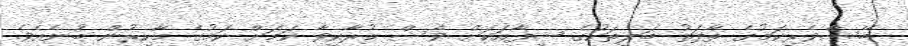
ބޭސްވެރިކަމުގެ ތާފަތު ބަލިތަކުގެ ޝިފާއަކަށް ވެސް މުރާކިވާ ކަމަށް ކަމުގެ މާހިރުން ބުނެއެވެ.